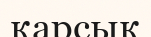
қарсық